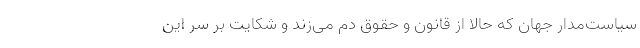
سیاست‌مدار جهان که حالا از قانون و حقوق دم می‌زند و شکایت بر سر این